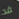
قد